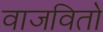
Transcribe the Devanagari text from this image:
वाजवितो